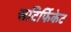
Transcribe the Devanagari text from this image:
सटिर्फिकेट